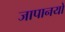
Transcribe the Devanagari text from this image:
जापानयों